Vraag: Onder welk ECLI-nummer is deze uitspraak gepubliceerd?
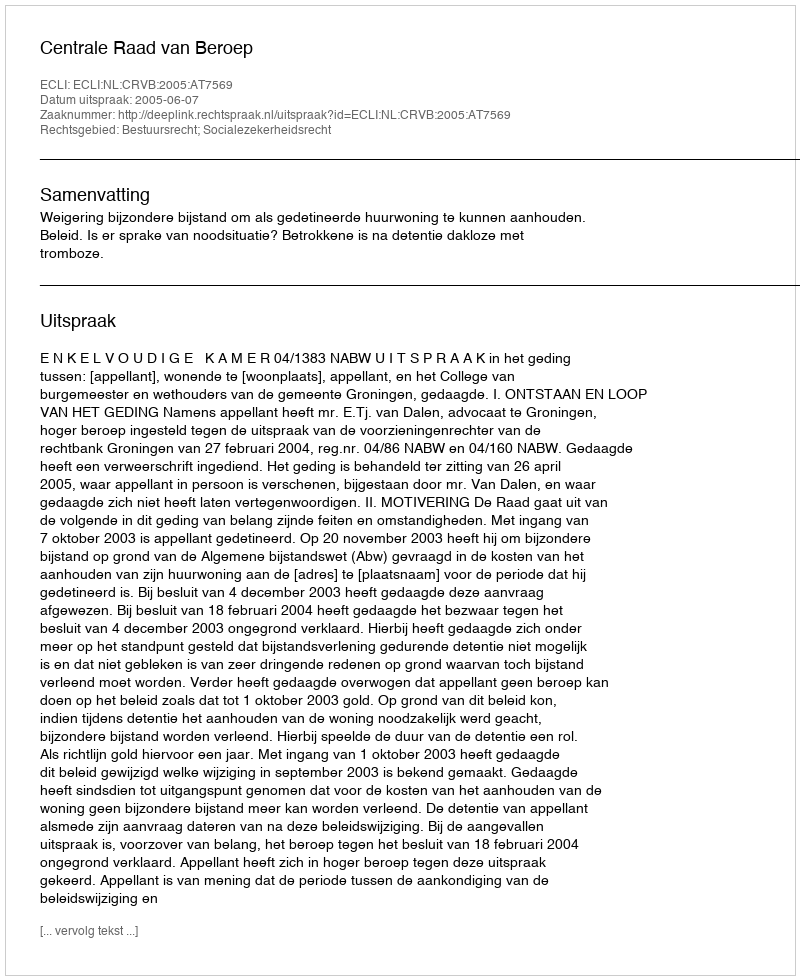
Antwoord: ECLI:NL:CRVB:2005:AT7569